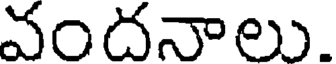
వందనాలు.